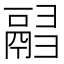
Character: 𩰸